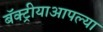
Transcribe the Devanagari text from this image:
बॅक्ट्रीयाआपल्या